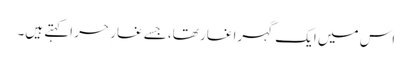
اس میں ایک گہرا غار تھا، جسے غارِ حر اکہتے ہیں۔